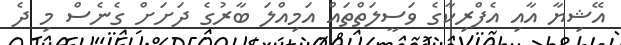
އޭޝިޔާ އާއި އެފްރިކާގެ ވަސީލަތްތައް އަމިއްލަ ބާރުގެ ދަށަށް ގެނެސް މި ދެ